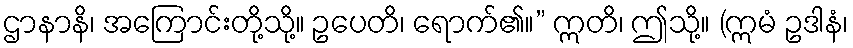
ဌာနာနိ၊ အကြောင်းတို့သို့။ ဥပေတိ၊ ရောက်၏။” ဣတိ၊ ဤသို့။ (ဣမံ ဥဒါနံ၊